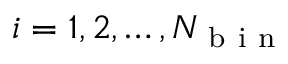
i = 1 , 2 , \ldots , N _ { \mathrm { ~ b ~ i ~ n ~ } }